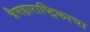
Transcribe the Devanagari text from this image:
त्रैमहाराष्ट्रिकाचा